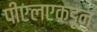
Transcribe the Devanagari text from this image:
पीएलएकडून